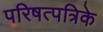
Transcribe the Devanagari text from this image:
परिषत्पत्रिके